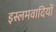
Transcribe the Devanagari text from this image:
इस्लमवादियों